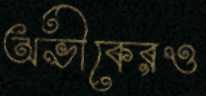
অভীকেরও